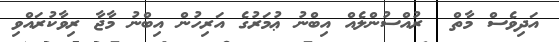
އަދިވެސް މާތް  ރުއްސުންލެއް އިބްނު ޢުމަރުގެ އަރިހުން އިބްނު މާޖާ ރިވާކުރައްވި